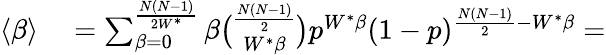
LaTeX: \begin{array}{rl}{\langle\beta\rangle}&{{}=\sum_{\beta=0}^{\frac{N(N-1)}{2W^{*}}}\beta\binom{\frac{N(N-1)}{2}}{W^{*}\beta}p^{W^{*}\beta}(1-p)^{\frac{N(N-1)}{2}-W^{*}\beta}=}\end{array}